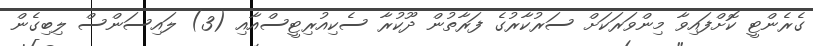
ގެރެންޓީ ކޮށްފައިވާ މިންވަރަކަށް ސަރުކާރުގެ ފަރާތުން ދޫކުރާ ސެކިއުރިޓީސްއާއި (3) ލައިސަންސް ލިބިގެން